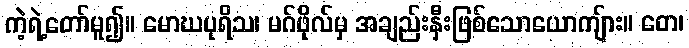
ကဲ့ရဲ့တော်မူ၍။ မောဃပုရိသ၊ မဂ်ဖိုလ်မှ အချည်းနှီးဖြစ်သောယောကျ်ား။ တေ၊